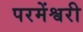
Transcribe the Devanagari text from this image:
परमेंश्वरी